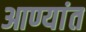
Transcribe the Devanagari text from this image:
आण्यांत